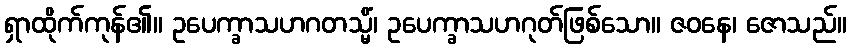
ရှာထိုက်ကုန်၏။ ဥပေက္ခာသဟဂတသ္မိံ၊ ဥပေက္ခာသဟဂုတ်ဖြစ်သော။ ဇဝနေ၊ ဇောသည်။